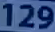
129